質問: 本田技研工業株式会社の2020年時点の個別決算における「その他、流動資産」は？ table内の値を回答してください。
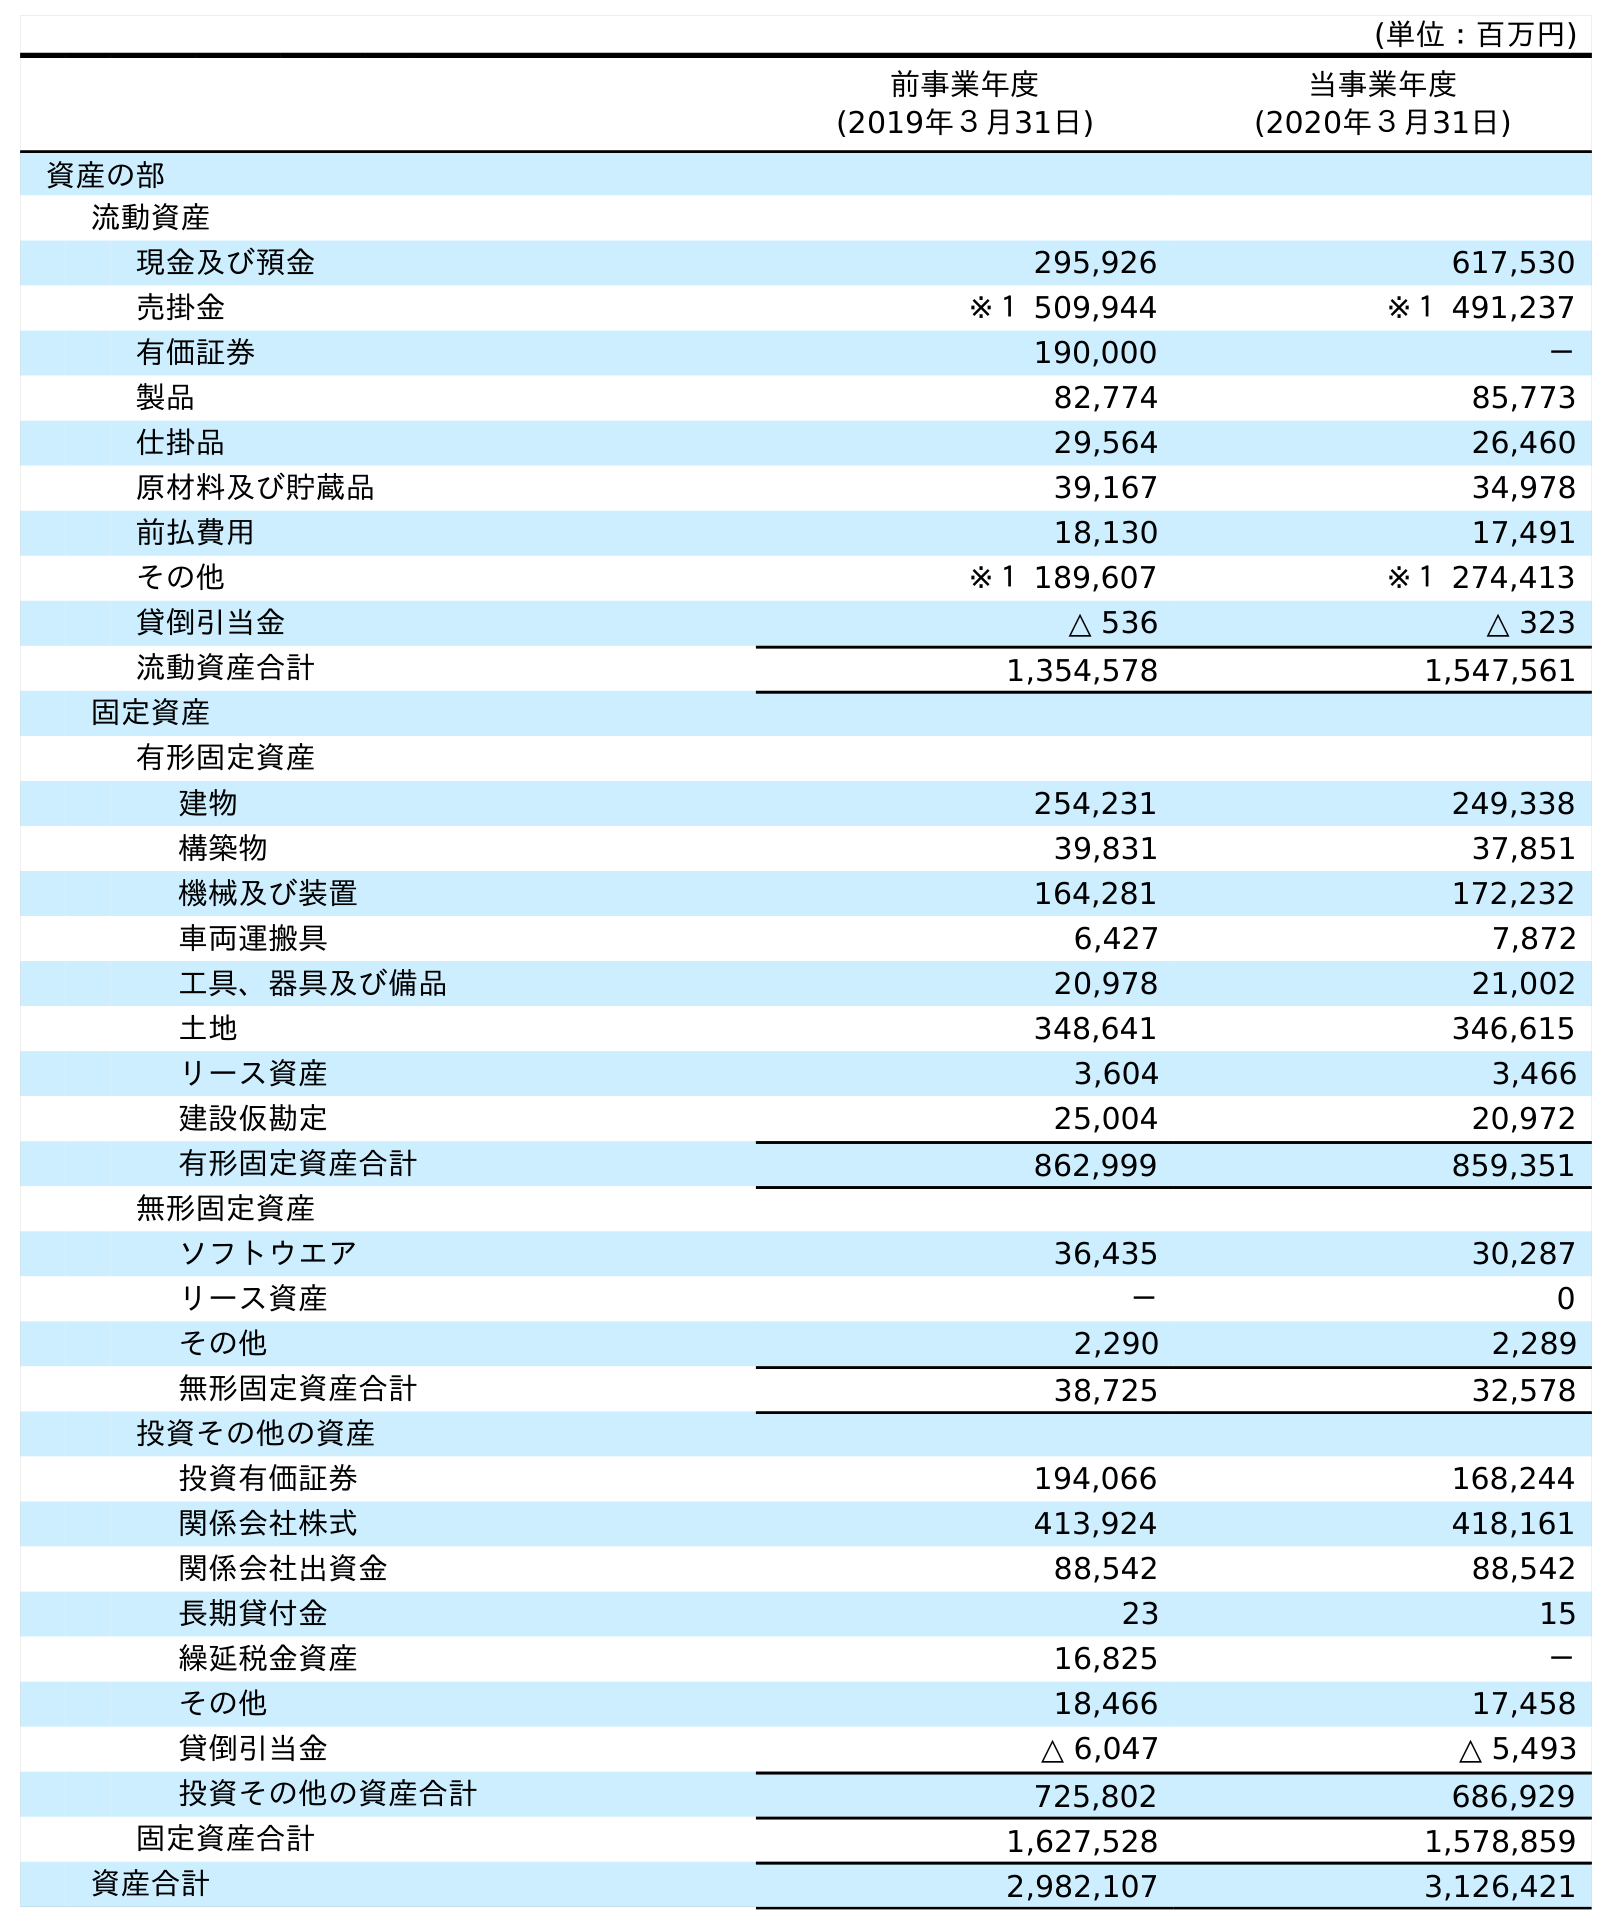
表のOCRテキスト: (単位：百万円) 前事業年度 (2019年３月31日) 当事業年度 (2020年３月31日) 資産の部 流動資産 現金及び預金 295,926 617,530 売掛金 ※１ 509,944 ※１ 491,237 有価証券 190,000 － 製品 82,774 85,773 仕掛品 29,564 26,460 原材料及び貯蔵品 39,167 34,978 前払費用 18,130 17,491 その他 ※１ 189,607 ※１ 274,413 貸倒引当金 △ 536 △ 323 流動資産合計 1,354,578 1,547,561 固定資産 有形固定資産 建物 254,231 249,338 構築物 39,831 37,851 機械及び装置 164,281 172,232 車両運搬具 6,427 7,872 工具、器具及び備品 20,978 21,002 土地 348,641 346,615 リース資産 3,604 3,466 建設仮勘定 25,004 20,972 有形固定資産合計 862,999 859,351 無形固定資産 ソフトウエア 36,435 30,287 リース資産 － 0 その他 2,290 2,289 無形固定資産合計 38,725 32,578 投資その他の資産 投資有価証券 194,066 168,244 関係会社株式 413,924 418,161 関係会社出資金 88,542 88,542 長期貸付金 23 15 繰延税金資産 16,825 － その他 18,466 17,458 貸倒引当金 △ 6,047 △ 5,493 投資その他の資産合計 725,802 686,929 固定資産合計 1,627,528 1,578,859 資産合計 2,982,107 3,126,421
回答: ※１274,413